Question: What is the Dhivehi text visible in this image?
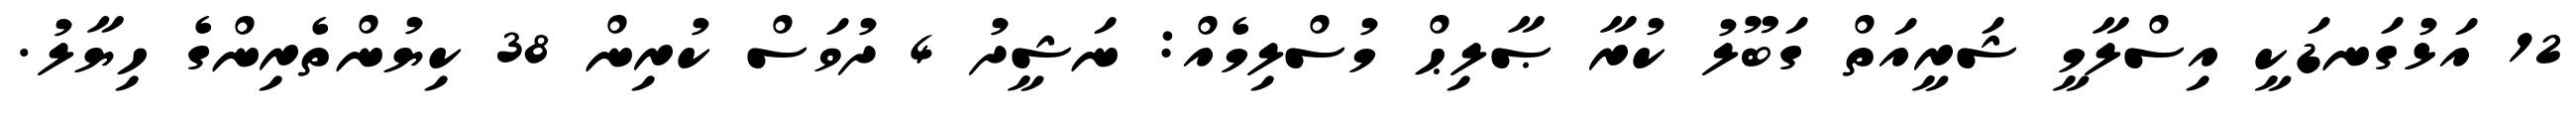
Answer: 12 އަޅުގަނޑަކީ އިސްލާމީ ޝަރީއަތް ގަބޫލު ކުރާ ޞާލިޙް މުސްލިމެއް: ނަޝީދު 4 ދުވަސް ކުރިން 38 ކިޔުންތެރިންގެ ހިޔާލު.